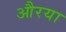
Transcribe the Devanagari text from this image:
औरया